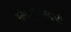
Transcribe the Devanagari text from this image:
संगीतकारांची